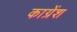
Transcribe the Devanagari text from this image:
काग्रेंश